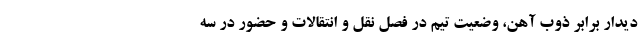
دیدار برابر ذوب آهن، وضعیت تیم در فصل نقل و انتقالات و حضور در سه